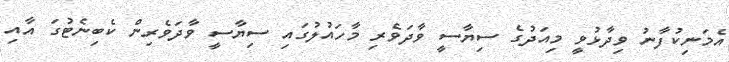
އެމަނިކުފާނު ވިދާޅުވީ މިއަދުގެ ސިޔާސީ ވާދަވެރި މާހައުލުގައި ސިޔާސީ ވާދަވެރިން ކެބިނެޓުގަ އާއި